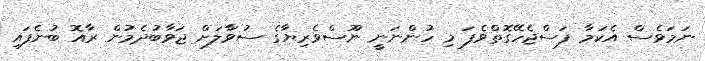
ނަމަވެސް އެކަމާ ފަސްޖެހޭގޮތްވެފަ މި ހުންނަނީ ނޫސްވެރިޔާގެ ސުވާލަށް ޖަވާބުދެމުން ރާއޮ ބުނެފައި